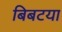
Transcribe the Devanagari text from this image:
बिबटया